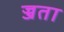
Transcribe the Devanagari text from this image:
ज्जता